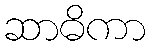
ဆာဓိကာ